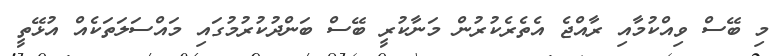
މި ބޭސް ވިއްކުމާއި ރާއްޖެ އެތެރެކުރުން މަނާކުރީ ބޭސް ބަންދުކުރުމުގައި މައްސަލަތަކެއް އުޅޭތީ